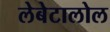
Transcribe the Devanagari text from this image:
लेबेटालोल